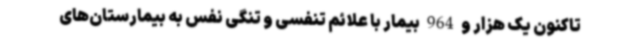
تاکنون یک هزار و 964 بیمار با علائم تنفسی و تنگی نفس به بیمارستان‌های